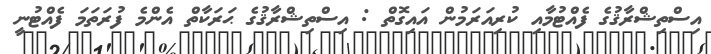
އިސްތިޝްރާޤުގެ ފެއްޓުމާއި ކުރިއަރަމުން އައިގޮތް : އިސްތިޝްރާޤުގެ ޙަރަކާތް އެންމެ ފުރަތަމަ ފެއްޓުނީ